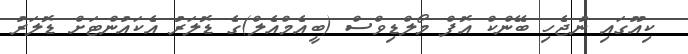
ކިއޫގައި ނުޖެހި ބޭންކް އޮފް މޯލްޑިވްސް (ބީއެމްއެލް)ގެ ޑޮލަރު އެކައުންޓަށް ޑޮލަރު